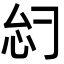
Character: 𫹸